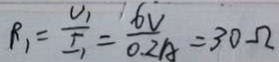
R _ { 1 } = \frac { U _ { 1 } } { I _ { 1 } } = \frac { 6 V } { 0 . 2 A } = 3 0 \Omega